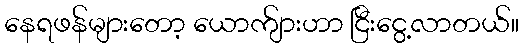
နေရဖန်များတော့ ယောက်ျားဟာ ငြီးငွေ့လာတယ်။